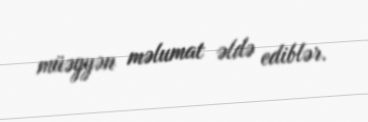
müəyyən məlumat əldə ediblər.